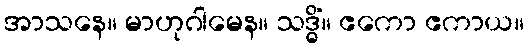
အာသနေ။ မာဟုဂါမေန။ သဒ္ဓိံ။ ဧကော ဧကာယ။